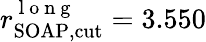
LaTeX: r_{\mathrm{SOAP,cut}}^{\mathrm{~l~o~n~g~}}=3.550